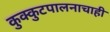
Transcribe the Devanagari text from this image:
कुक्कुटपालनाचाही